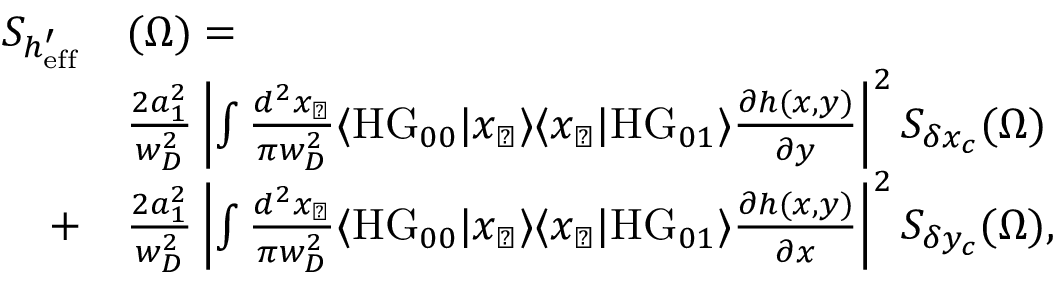
\begin{array} { r l } { S _ { h _ { \mathrm { e f f } } ^ { \prime } } } & { ( \Omega ) = } \\ & { \frac { 2 a _ { 1 } ^ { 2 } } { w _ { D } ^ { 2 } } \left| \int \frac { d ^ { 2 } x _ { \perp } } { \pi w _ { D } ^ { 2 } } \langle \mathrm { H G } _ { 0 0 } | x _ { \perp } \rangle \langle x _ { \perp } | \mathrm { H G } _ { 0 1 } \rangle \frac { \partial h ( x , y ) } { \partial y } \right| ^ { 2 } S _ { \delta x _ { c } } ( \Omega ) } \\ { + } & { \frac { 2 a _ { 1 } ^ { 2 } } { w _ { D } ^ { 2 } } \left| \int \frac { d ^ { 2 } x _ { \perp } } { \pi w _ { D } ^ { 2 } } \langle \mathrm { H G } _ { 0 0 } | x _ { \perp } \rangle \langle x _ { \perp } | \mathrm { H G } _ { 0 1 } \rangle \frac { \partial h ( x , y ) } { \partial x } \right| ^ { 2 } S _ { \delta y _ { c } } ( \Omega ) , } \end{array}